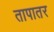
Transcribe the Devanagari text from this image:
तापातर